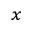
_ x